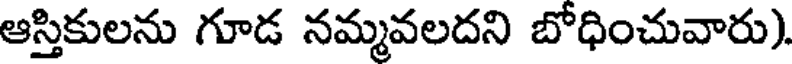
ఆస్తికులను గూడ నమ్మవలదని బోధించువారు)